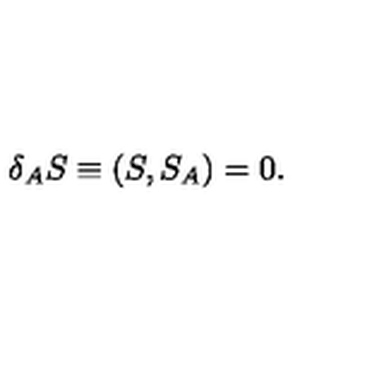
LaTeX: \delta _ { A } S \equiv ( S , S _ { A } ) = 0 .